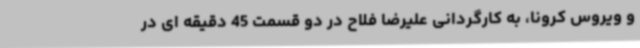
و ویروس کرونا، به کارگردانی علیرضا فلاح در دو قسمت 45 دقیقه ای در